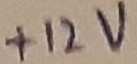
Text: +12V